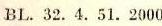
BL.32.4.51.2000